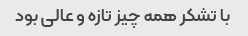
با تشکر همه چیز تازه و عالی بود